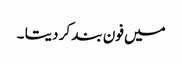
میں فون بند کر دیتا ۔